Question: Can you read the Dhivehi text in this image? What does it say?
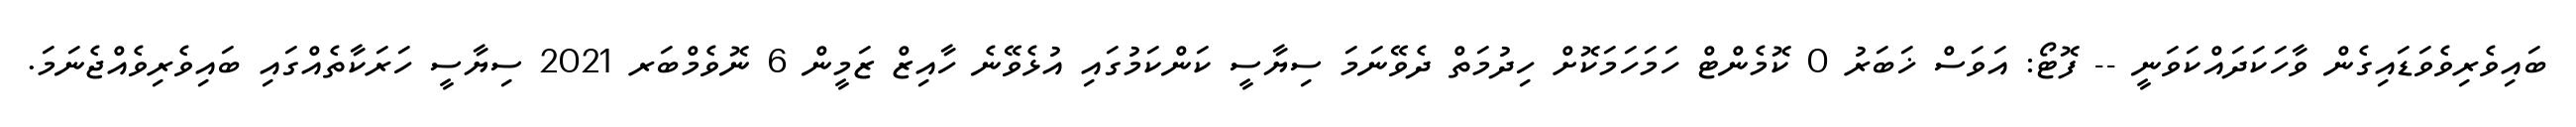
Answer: ބައިވެރިވެވަޑައިގެން ވާހަކަދައްކަވަނީ -- ފޮޓޯ: އަވަސް ޚަބަރު 0 ކޮމެންޓް ހަމަހަމަކޮށް ހިދުމަތް ދެވޭނަމަ ސިޔާސީ ކަންކަމުގައި އުޅެވޭނެ ހާއިޒް ޒަމީން 6 ނޮވެމްބަރ 2021 ސިޔާސީ ހަރަކާތެއްގައި ބައިވެރިވެއްޖެނަމަ.